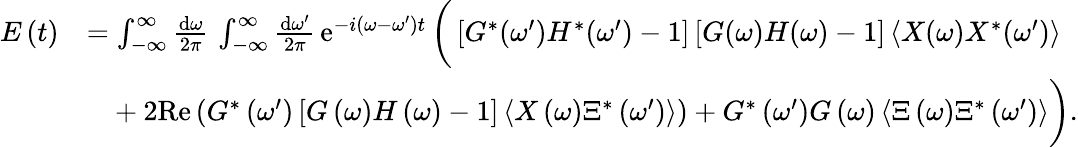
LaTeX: \begin{array}{rl}{E\left(t\right)}&{=\int_{-\infty}^{\infty}\frac{\mathrm{d}\omega}{2\pi}\, \int_{-\infty}^{\infty}\frac{\mathrm{d}\omega^{\prime}}{2\pi}\, \mathrm{e}^{-i\left(\omega-\omega^{\prime}\right)t}\, \bigg(\left[G^{*}(\omega^{\prime})H^{*}(\omega^{\prime})-1\right]\left[G(\omega)H(\omega)-1\right]\left\langle X(\omega)X^{*}(\omega^{\prime})\right\rangle}\\ &{\phantom{=}+2\mathrm{Re}\left(G^{*}\left(\omega^{\prime}\right)\left[G\left(\omega\right)H\left(\omega\right)-1\right]\left\langle X\left(\omega\right)\Xi^{*}\left(\omega^{\prime}\right)\right\rangle\right)+G^{*}\left(\omega^{\prime}\right)G\left(\omega\right)\left\langle\Xi\left(\omega\right)\Xi^{*}\left(\omega^{\prime}\right)\right\rangle\bigg).}\end{array}